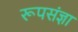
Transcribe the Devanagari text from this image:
रूपसंज्ञा